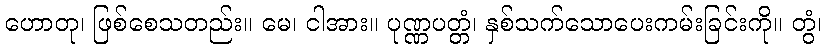
ဟောတု၊ ဖြစ်စေသတည်း။ မေ၊ ငါအား။ ပုဏ္ဏပတ္တံ၊ နှစ်သက်သောပေးကမ်းခြင်းကို။ တွံ၊